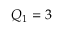
Q _ { 1 } = 3